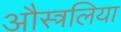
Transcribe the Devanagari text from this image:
औस्त्रलिया